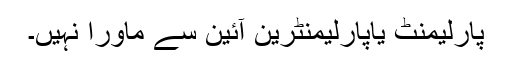
پارلیمنٹ یاپارلیمنٹرین آئین سے ماورا نہیں۔